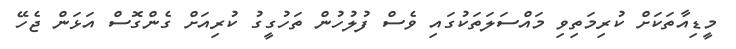
މީޑިއާތަކަށް ކުރިމަތިވި މައްސަލަތަކުގައި ވެސް ފުލުހުން ތަހުގީގު ކުރިއަށް ގެންގޮސް އަޅަން ޖެހޭ